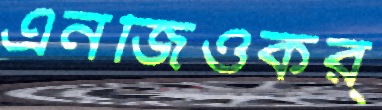
এনজিওকর্